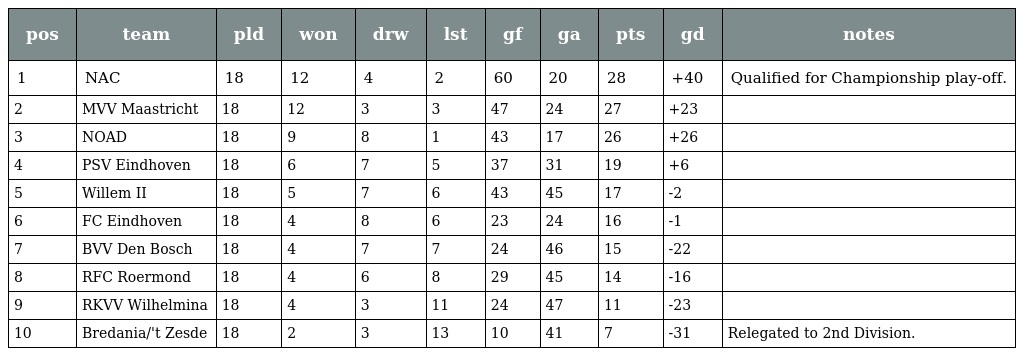
| pos | team | pld | won | drw | lst | gf | ga | pts | gd | notes |
 | --- | --- | --- | --- | --- | --- | --- | --- | --- | --- | --- |
 | 1 | NAC | 18 | 12 | 4 | 2 | 60 | 20 | 28 | +40 | Qualified for Championship play-off. |
 | 2 | MVV Maastricht | 18 | 12 | 3 | 3 | 47 | 24 | 27 | +23 |  |
 | 3 | NOAD | 18 | 9 | 8 | 1 | 43 | 17 | 26 | +26 |  |
 | 4 | PSV Eindhoven | 18 | 6 | 7 | 5 | 37 | 31 | 19 | +6 |  |
 | 5 | Willem II | 18 | 5 | 7 | 6 | 43 | 45 | 17 | -2 |  |
 | 6 | FC Eindhoven | 18 | 4 | 8 | 6 | 23 | 24 | 16 | -1 |  |
 | 7 | BVV Den Bosch | 18 | 4 | 7 | 7 | 24 | 46 | 15 | -22 |  |
 | 8 | RFC Roermond | 18 | 4 | 6 | 8 | 29 | 45 | 14 | -16 |  |
 | 9 | RKVV Wilhelmina | 18 | 4 | 3 | 11 | 24 | 47 | 11 | -23 |  |
 | 10 | Bredania/'t Zesde | 18 | 2 | 3 | 13 | 10 | 41 | 7 | -31 | Relegated to 2nd Division. |